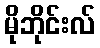
မိုဘိုင်းလ်